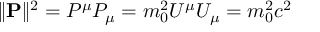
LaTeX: \| \mathbf { P } \| ^ { 2 } = P ^ { \mu } P _ { \mu } = m _ { 0 } ^ { 2 } U ^ { \mu } U _ { \mu } = m _ { 0 } ^ { 2 } c ^ { 2 }